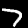
Label: 7